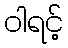
ဝါရင့်